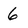
Character: 6